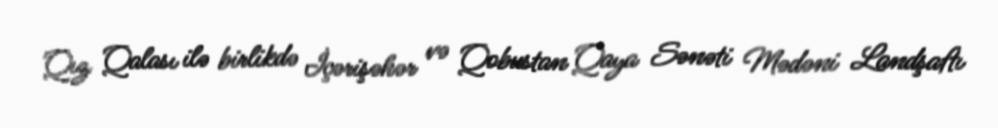
Qız Qalası ilə birlikdə İçərişəhər və Qobustan Qaya Sənəti Mədəni Landşaftı